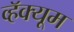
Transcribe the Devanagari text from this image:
व्हॅक्यूम